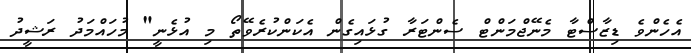
އެހެންވެ ޑިޒާސްޓާ މެނޭޖްމަންޓް ސެންޓަރާ ގުޅައިގެން އެކަންކުރެވޭތޯ މި އުޅެނީ" މުހައްމަދު ރަޝީދު